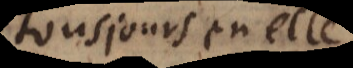
tousjours en elle